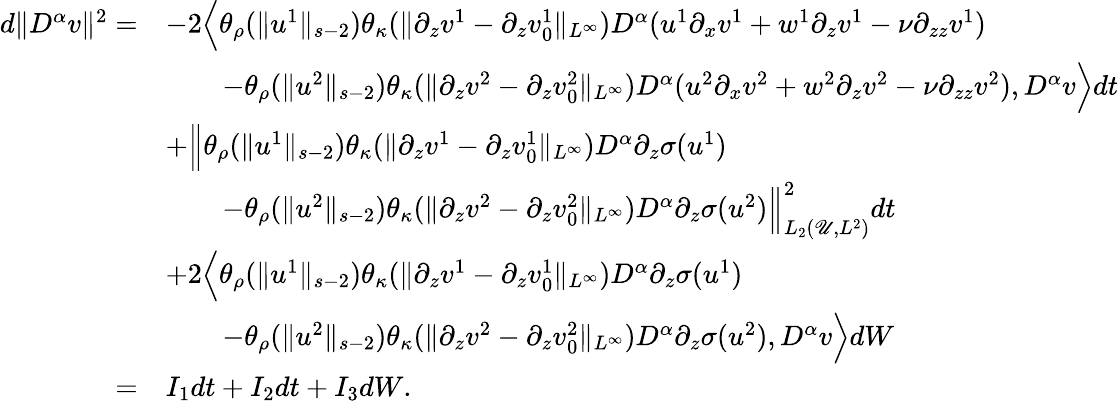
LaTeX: \begin{array}{rl}{d\| D^{\alpha}v\| ^{2}=}&{-2\Big\langle\theta_{\rho}(\| u^{1}\| _{s-2})\theta_{\kappa}(\| \partial_{z}v^{1}-\partial_{z}v_{0}^{1}\| _{L^{\infty}})D^{\alpha}(u^{1}\partial_{x}v^{1}+w^{1}\partial_{z}v^{1}-\nu\partial_{zz}v^{1})}\\ &{\qquad-\theta_{\rho}(\| u^{2}\| _{s-2})\theta_{\kappa}(\| \partial_{z}v^{2}-\partial_{z}v_{0}^{2}\| _{L^{\infty}})D^{\alpha}(u^{2}\partial_{x}v^{2}+w^{2}\partial_{z}v^{2}-\nu\partial_{zz}v^{2}),D^{\alpha}v\Big\rangle dt}\\ &{+\Big\| \theta_{\rho}(\| u^{1}\| _{s-2})\theta_{\kappa}(\| \partial_{z}v^{1}-\partial_{z}v_{0}^{1}\| _{L^{\infty}})D^{\alpha}\partial_{z}\sigma(u^{1})}\\ &{\qquad-\theta_{\rho}(\| u^{2}\| _{s-2})\theta_{\kappa}(\| \partial_{z}v^{2}-\partial_{z}v_{0}^{2}\| _{L^{\infty}})D^{\alpha}\partial_{z}\sigma(u^{2})\Big\| _{L_{2}(\mathscr U,L^{2})}^{2}dt}\\ &{+2\Big\langle\theta_{\rho}(\| u^{1}\| _{s-2})\theta_{\kappa}(\| \partial_{z}v^{1}-\partial_{z}v_{0}^{1}\| _{L^{\infty}})D^{\alpha}\partial_{z}\sigma(u^{1})}\\ &{\qquad-\theta_{\rho}(\| u^{2}\| _{s-2})\theta_{\kappa}(\| \partial_{z}v^{2}-\partial_{z}v_{0}^{2}\| _{L^{\infty}})D^{\alpha}\partial_{z}\sigma(u^{2}),D^{\alpha}v\Big\rangle dW}\\ {=}&{I_{1}dt+I_{2}dt+I_{3}dW.}\end{array}